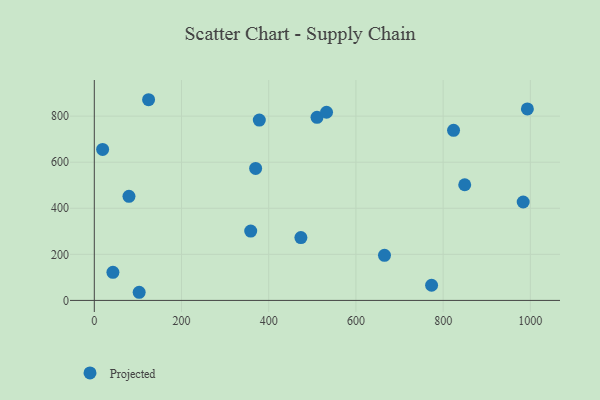
{"axis": {"x": "Speed", "y": "Demand"}, "legend": ["Projected"], "data": [{"x": "370.0", "y": 573.0, "type": "Projected"}, {"x": "79.5", "y": 451.9, "type": "Projected"}, {"x": "19.1", "y": 655.6, "type": "Projected"}, {"x": "510.8", "y": 794.8, "type": "Projected"}, {"x": "358.7", "y": 300.8, "type": "Projected"}, {"x": "42.7", "y": 122.1, "type": "Projected"}, {"x": "823.9", "y": 738.5, "type": "Projected"}, {"x": "773.5", "y": 65.8, "type": "Projected"}, {"x": "473.8", "y": 272.8, "type": "Projected"}, {"x": "993.2", "y": 831.4, "type": "Projected"}, {"x": "532.6", "y": 816.8, "type": "Projected"}, {"x": "378.4", "y": 782.9, "type": "Projected"}, {"x": "124.5", "y": 871.2, "type": "Projected"}, {"x": "983.6", "y": 427.1, "type": "Projected"}, {"x": "102.9", "y": 35.3, "type": "Projected"}, {"x": "665.5", "y": 195.7, "type": "Projected"}, {"x": "849.5", "y": 502.0, "type": "Projected"}]}